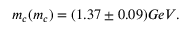
m _ { c } ( m _ { c } ) = ( 1 . 3 7 \pm 0 . 0 9 ) G e V .